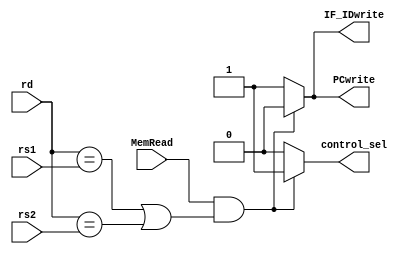
`timescale 1ns / 1ps
//////////////////////////////////////////////////////////////////////////////////
// Company: 
// Engineer: 
// 
// Design Name: 
// Module Name: hazard_detection
// Project Name: 
// Target Devices: 
// Tool Versions: 
// Description: 
// 
// Dependencies: 
// 
// Revision:
// Revision 0.01 - File Created
// Additional Comments:
// 
//////////////////////////////////////////////////////////////////////////////////


module hazard_detection(input [4:0] rd, input [4:0] rs1, input [4:0] rs2, input MemRead, output reg PCwrite, output reg IF_IDwrite, output reg control_sel);
    always@(*) begin
        if(MemRead && ((rd == rs1) || (rd == rs2))) begin
            PCwrite = 0;
            IF_IDwrite = 0;
            control_sel = 1;
        end
        else begin
            PCwrite = 1;
            IF_IDwrite = 1;
            control_sel = 0;
        end
    end
endmodule